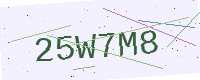
Text: 25W7M8